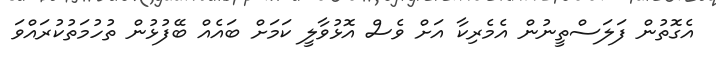
އެގޮތުން ފަލަސްތީނުން އެމެރިކާ އަށް ވެސް އޮޅުވާލީ ކަމަށް ބައެއް ބޭފުޅުން ތުހުމަތުކުރައްވަ